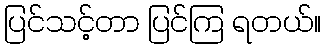
ပြင်သင့်တာ ပြင်ကြ ရတယ်။